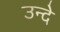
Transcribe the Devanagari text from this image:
उन्दे